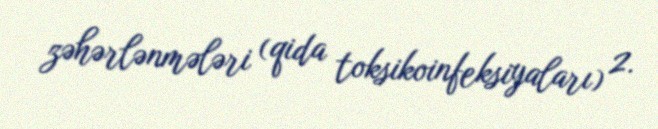
zəhərlənmələri (qida toksikoinfeksiyaları) 2.